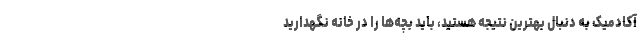
آکادمیک به دنبال بهترین نتیجه هستید، باید بچه‌ها را در خانه نگهدارید